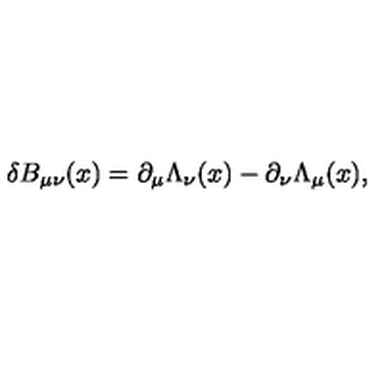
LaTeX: \delta B _ { \mu \nu } ( x ) = \partial _ { \mu } \Lambda _ { \nu } ( x ) - \partial _ { \nu } \Lambda _ { \mu } ( x ) ,